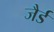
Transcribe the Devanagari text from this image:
जैर्ड